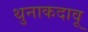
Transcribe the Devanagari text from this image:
थुनाकदावू